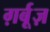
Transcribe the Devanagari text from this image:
ग़र्बूज़